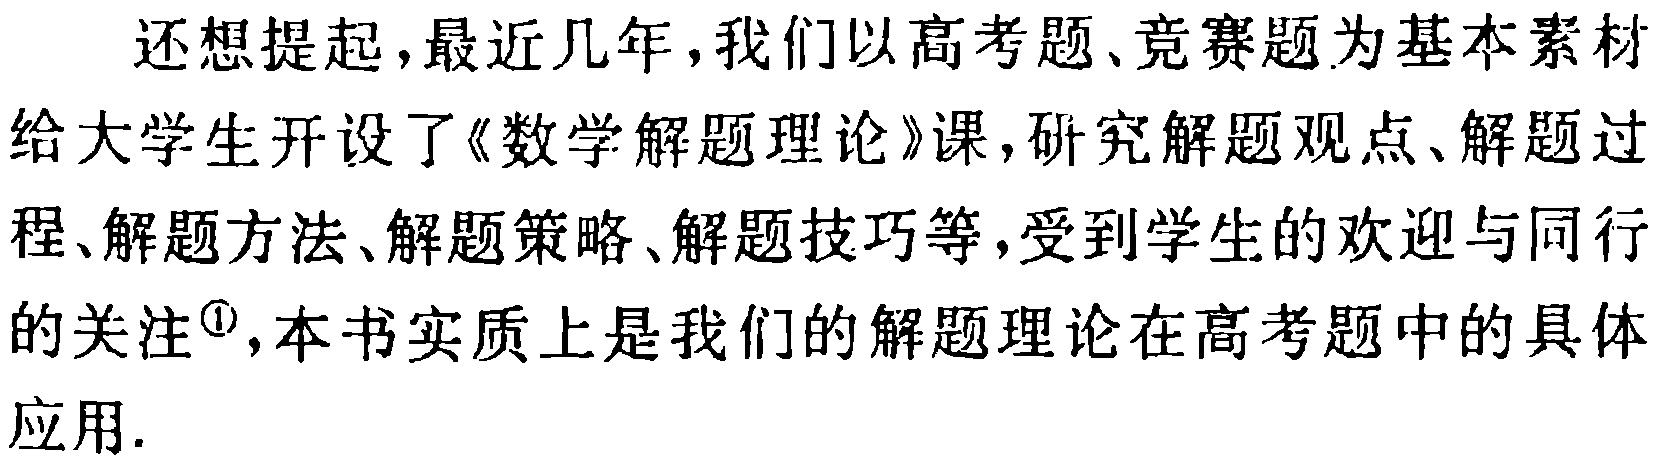
还想提起,最近几年,我们以高考题、竞赛题为基本素材给大学生开设了《数学解题理论》课,研究解题观点、解题过程、解题方法、解题策略、解题技巧等,受到学生的欢迎与同行的关注\textsuperscript{1},本书实质上是我们的解题理论在高考题中的具体应用.